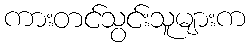
ကားတင်သွင်းသူများက